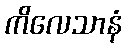
ကိလေသာနံ